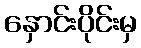
နှောင်းပိုင်းမှ